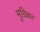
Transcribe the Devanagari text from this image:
मुख़्बिर